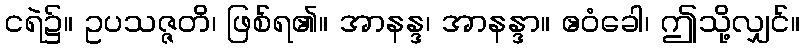
ငရဲ၌။ ဥပသဇ္ဇတိ၊ ဖြစ်ရ၏။ အာနန္ဒ၊ အာနန္ဒာ။ ဧဝံခေါ၊ ဤသို့လျှင်။